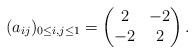
LaTeX: \begin{align*}(a_{ij})_{0 \le i,j\le 1}=\begin{pmatrix}2& -2 \\-2 & 2\end{pmatrix}.\end{align*}